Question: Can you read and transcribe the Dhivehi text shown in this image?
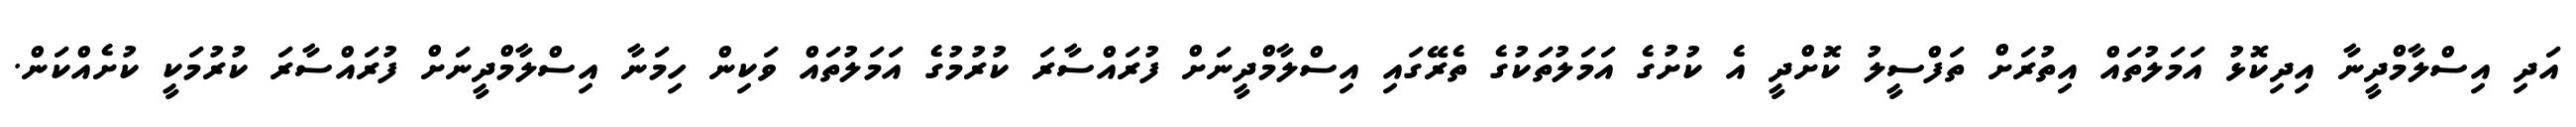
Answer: އަދި އިސްލާމްދީނާ އިދިކޮޅު އަމަލުތައް އިތުރަށް ތަފްސީލު ކޮށްދީ އެ ކުށުގެ އަމަލުތަކުގެ ތެރޭގައި އިސްލާމްދީނަށް ފުރައްސާރަ ކުރުމުގެ އަމަލުތައް ވަކިން ހިމަނާ އިސްލާމްދީނަށް ފުރައްސާރަ ކުރުމަކީ ކުށެއްކަން.